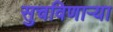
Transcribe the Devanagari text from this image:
सुचविणाऱ्या